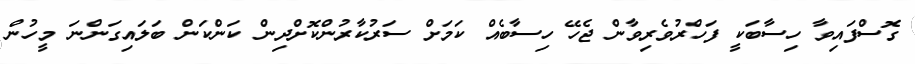
ގޮސްފައިވާ ހިސާބަކީ ފަހްރުވެރިވާން ޖެހޭ ހިސާބެެއް ކަމަށް ސަރުކާރުންކޮށްދިން ކަންކަން ބަލައިގަންނަ މީހުން